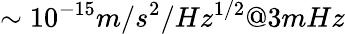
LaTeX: \sim 10^{-15}m/s^{2}/Hz^{1/2}@3mHz